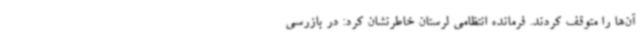
آن‌ها را متوقف کردند. فرمانده انتظامی لرستان خاطرنشان کرد: در بازرسی